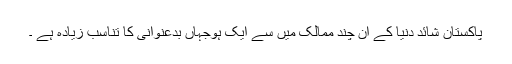
پاکستان شائد دنیا کے ان چند ممالک میں سے ایک ہوجہاں بدعنوانی کا تناسب زیادہ ہے ۔